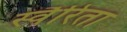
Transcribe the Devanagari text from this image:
स्वैरिता